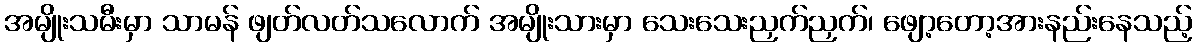
အမျိုးသမီးမှာ သာမန် ဖျတ်လတ်သလောက် အမျိုးသားမှာ သေးသေးညှက်ညှက်၊ ဖျော့တော့အားနည်းနေသည့်